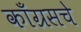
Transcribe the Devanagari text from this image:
काँग्रसचे